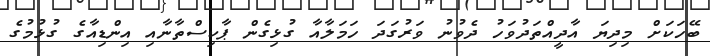
ބޭހަކަށް މިދިޔަ އާދީއްތަދުވަހު ދެވުނު ވަރުގަދަ ހަމަލާއާ ގުޅިގެން ޕާކިސްތާނާއި އިންޑިއާގެ ގުޅުމުގެ